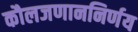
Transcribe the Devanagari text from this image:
कौलजणाननिर्णय